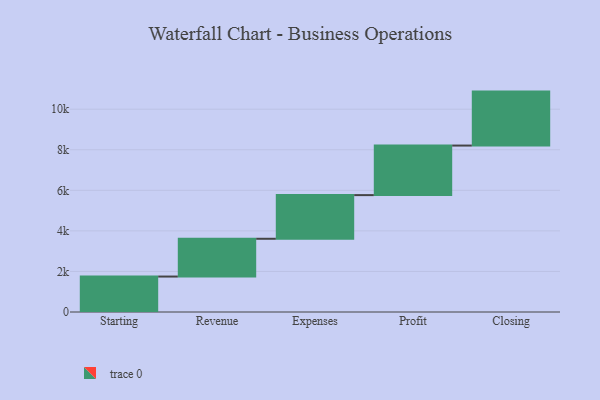
{"axis": {"x": "Step", "y": "Value"}, "legend": [""], "data": [{"x": "Starting", "y": 1748.0, "type": ""}, {"x": "Revenue", "y": 1863.0, "type": ""}, {"x": "Expenses", "y": 2153.0, "type": ""}, {"x": "Profit", "y": 2443.0, "type": ""}, {"x": "Closing", "y": 2661.0, "type": ""}]}